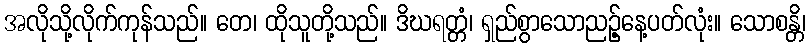
အလိုသို့လိုက်ကုန်သည်။ တေ၊ ထိုသူတို့သည်။ ဒိဃရတ္တံ၊ ရှည်စွာသောညဉ့်နေ့ပတ်လုံး။ သောစန္တိ၊